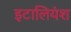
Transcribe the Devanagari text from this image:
इटालियंश